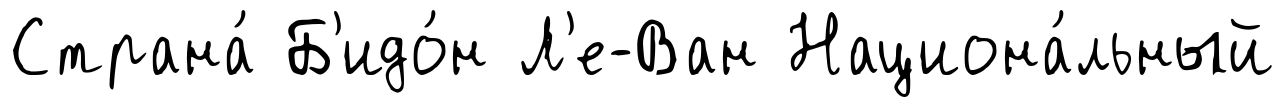
Страна́ Б'идо́н Л'е-Ван Национа́льный